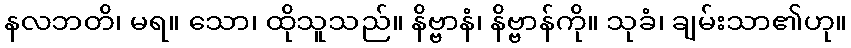
နလဘတိ၊ မရ။ သော၊ ထိုသူသည်။ နိဗ္ဗာနံ၊ နိဗ္ဗာန်ကို။ သုခံ၊ ချမ်းသာ၏ဟု။